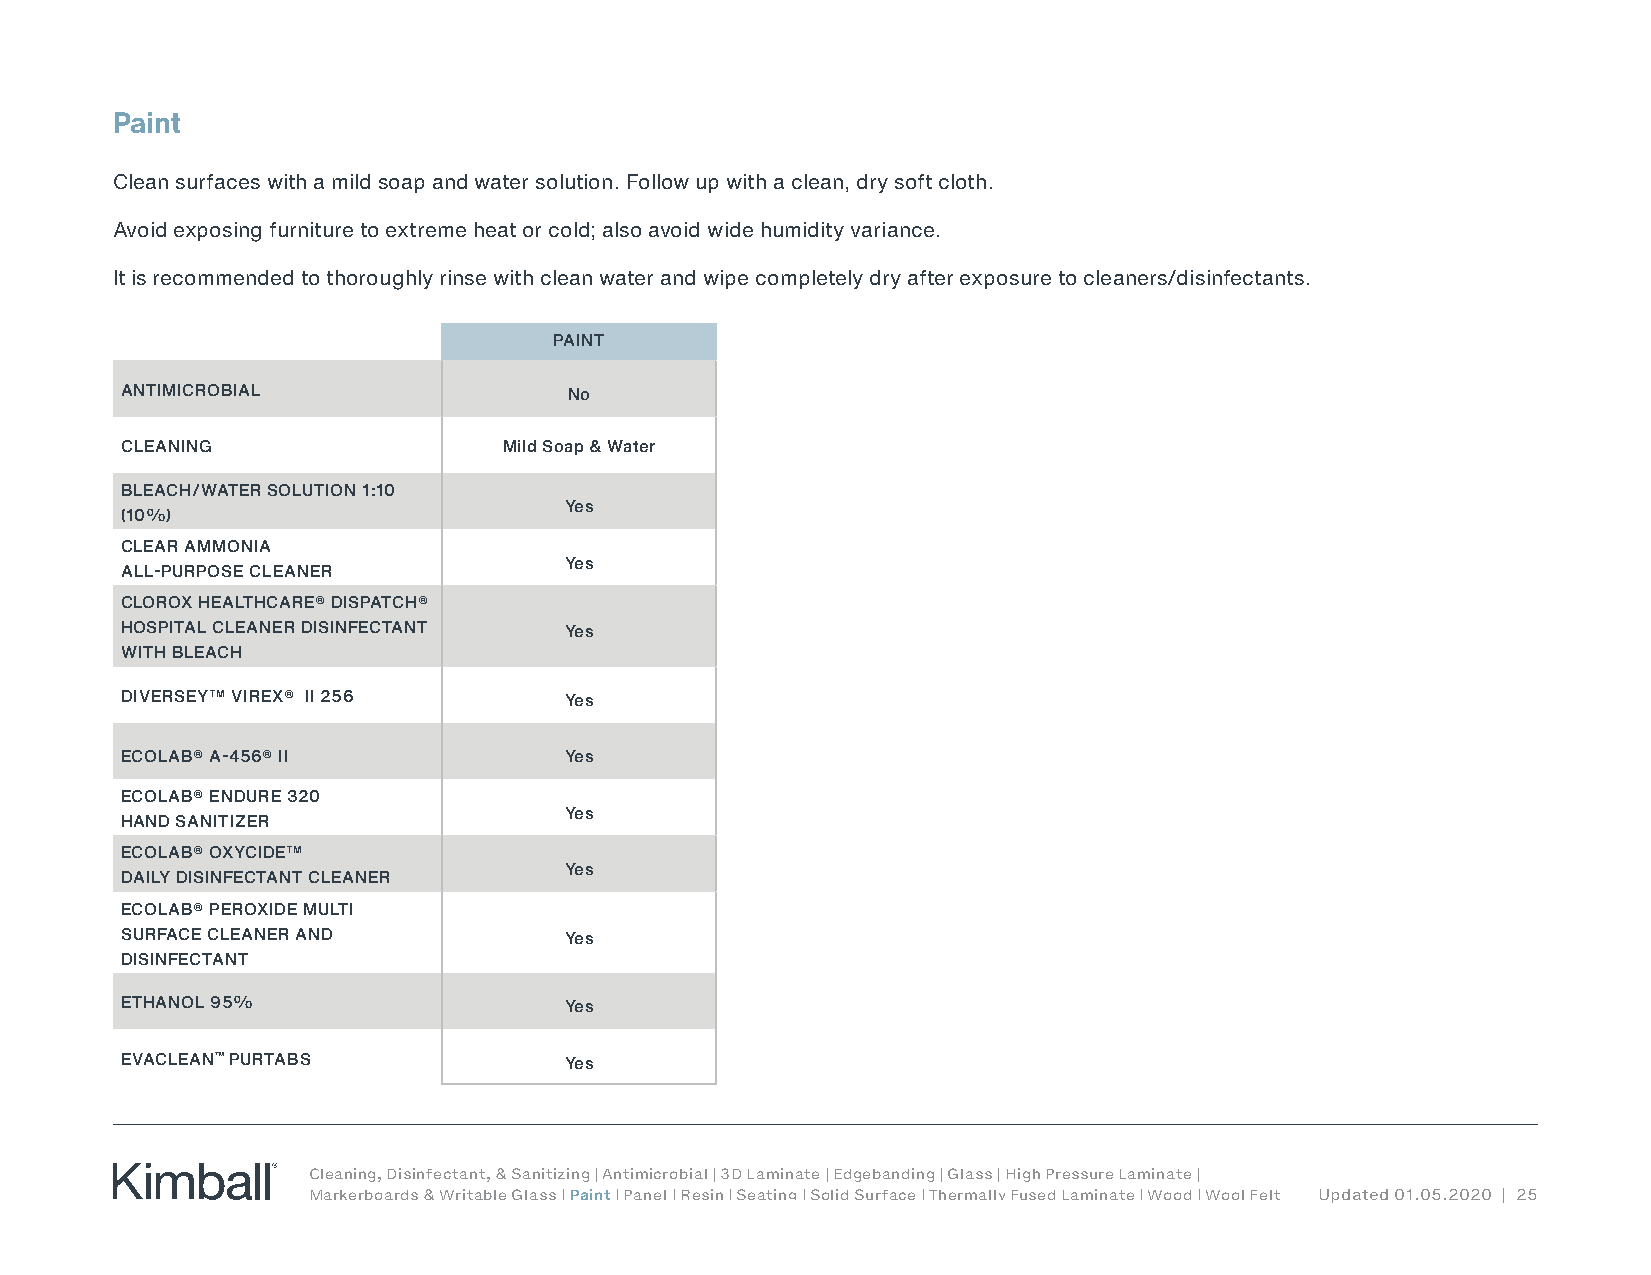
Paint
 Clean surfaces with a mild soap and water solution. Follow up with a clean, dry soft cloth.
 Avoid exposing furniture to extreme heat or cold; also avoid wide humidity variance.
 It is recommended to thoroughly rinse with clean water and wipe completely dry after exposure to cleaners/disinfectants.
 PAINT
 ANTIMICROBIAL                 No
 CLEANING                 Mild Soap & Water
 BLEACH/WATER SOLUTION 1:10
 Yes
 (10%)
 CLEAR AMMONIA
 Yes
 ALL-PURPOSE CLEANER
 CLOROX HEALTHCARE® DISPATCH®
 HOSPITAL CLEANER DISINFECTANT Yes
 WITH BLEACH
 DIVERSEY™ VIREX® II 256      Yes
 ECOLAB® A-456® II            Yes
 ECOLAB® ENDURE 320
 Yes
 HAND SANITIZER
 ECOLAB® OXYCIDE™
 Yes
 DAILY DISINFECTANT CLEANER
 ECOLAB® PEROXIDE MULTI
 SURFACE CLEANER AND          Yes
 DISINFECTANT
 ETHANOL 95%                  Yes
 EVACLEAN™ PURTABS            Yes
 Cleaning, Disinfectant, & Sanitizing | Antimicrobial | 3D Laminate | Edgebanding | Glass | High Pressure Laminate |
 Markerboards & Writable Glass | Paint | Panel | Resin | Seating | Solid Surface | Thermally Fused Laminate | Wood | Wool Felt Updated 01.05.2020 | 25